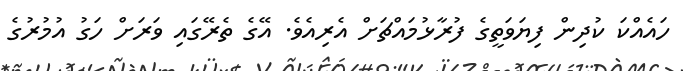
ހައެއްކަ ކުދިން ފިޔަވަތީގެ ފުރާޅުމައްޗަށް އެރިއެވެ. އޭގެ ތެރޭގައި ވަރަށް ހަގު އުމުރުގެ